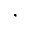
,